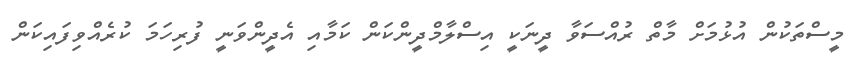
މީސްތަކުން އުޅުމަށް މާތް ރުއްސަވާ ދީނަކީ އިސްލާމްދީންކަން ކަމާއި އެދީންވަނީ ފުރިހަމަ ކުރެއްވިފައިކަން